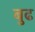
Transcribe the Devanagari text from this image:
बुढ